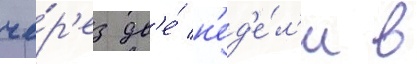
че́р'ез дв'е́ н'ед'е́л'и в